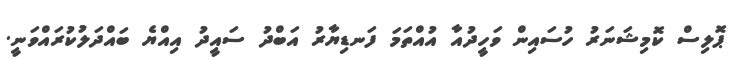
ޕޮލިސް ކޮމިޝަނަރު ހުސައިން ވަހީދުއާ އުއްތަމަ ފަނޑިޔާރު އަބްދު ސައީދު އިއްޔެ ބައްދަލުކުރައްވަނީ.